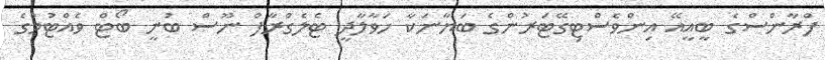
ފްރާންސްގެ ބީއީއޭ އިންވެސްޓިގޭޓަރުންގެ ބަޔާނަކާ ހަވާލާދީ ޓެލެގްރާފް ނޫސް ބުނީ ބޯޓް ވެއްޓުމުގެ